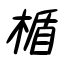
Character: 楯